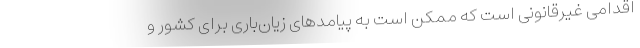
اقدامی غیرقانونی است که ممکن است به پیامدهای زیان‌باری برای کشور و